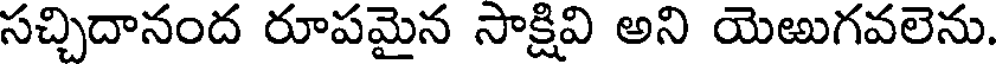
సచ్చిదానంద రూపమైన సాక్షివి అని యెఱుగవలెను.